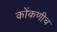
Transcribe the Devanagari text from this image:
कोंकणीच